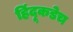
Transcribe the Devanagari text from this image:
हिंदूकडेच